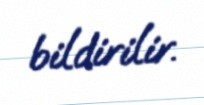
bildirilir.